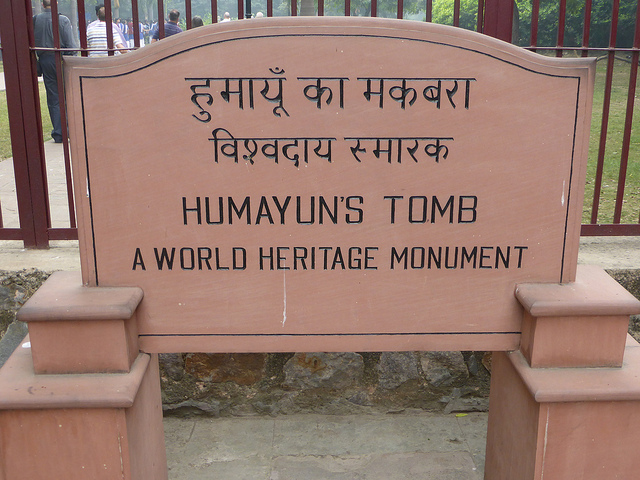
Language: hindi
Transcription: विश्वदाय का हुमायूँ स्मारक